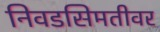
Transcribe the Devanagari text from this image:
निवडसिमतीवर